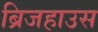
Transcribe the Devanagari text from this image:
ब्रिजहाउस